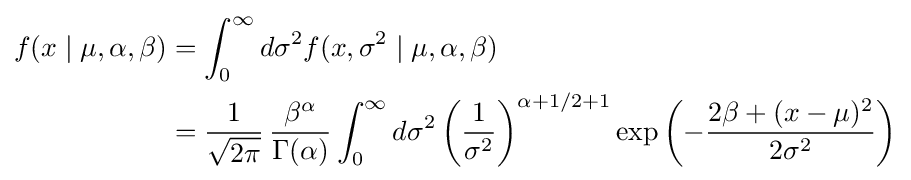
{\begin{aligned}f(x\mid \mu ,\alpha ,\beta )&=\int _{0}^{\infty }d\sigma ^{2}f(x,\sigma ^{2}\mid \mu ,\alpha ,\beta )\\&={\frac {1}{\sqrt {2\pi }}}\,{\frac {\beta ^{\alpha }}{\Gamma (\alpha )}}\int _{0}^{\infty }d\sigma ^{2}\left({\frac {1}{\sigma ^{2}}}\right)^{\alpha +1/2+1}\exp \left(-{\frac {2\beta +(x-\mu )^{2}}{2\sigma ^{2}}}\right)\end{aligned}}